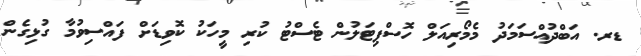
ޑރ. އަބްދުއްސަމަދު މެމޯރިއަލް ހޮސްޕިޓަލުން ޓެސްޓު ކުރި މީހަކު ކޮވިޑަށް ފައްސިވުމާ ގުޅިގެން